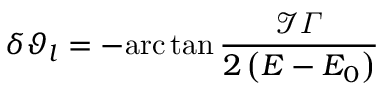
\delta \vartheta _ { l } = - \mathrm { a r c } \tan \frac { \mathcal { I } \varGamma } { 2 \left( E - E _ { 0 } \right) }